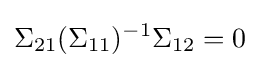
\Sigma _{21}(\Sigma _{11})^{-1}\Sigma _{12}=0